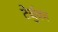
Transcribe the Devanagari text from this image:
टेर्बुका